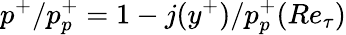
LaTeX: p^{+}/p_{p}^{+}=1-j(y^{+})/p_{p}^{+}(Re_{\tau})